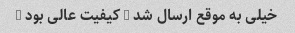
خیلی به موقع ارسال شد … کیفیت عالی بود …